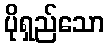
ပိုရှည်သော